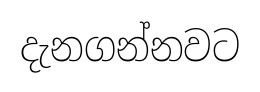
දැනගන්නවට